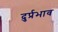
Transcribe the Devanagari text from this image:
दुर्प्रभाव